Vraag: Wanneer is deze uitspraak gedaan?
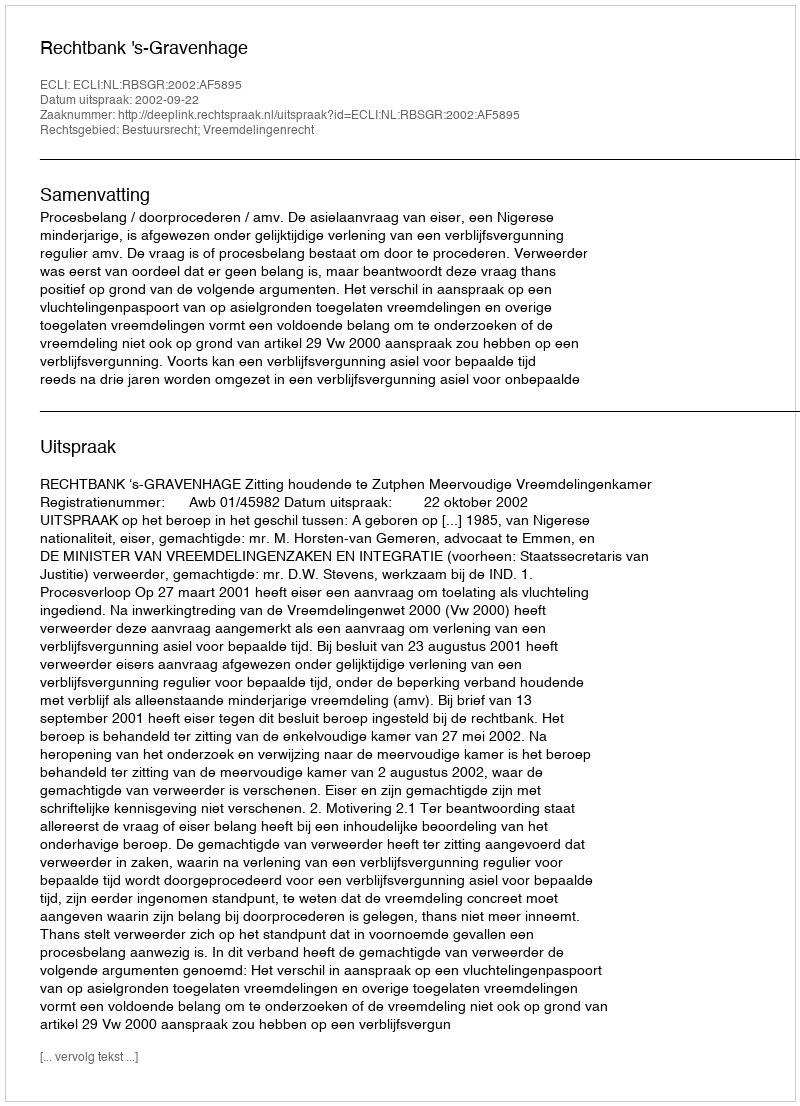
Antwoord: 2002-09-22